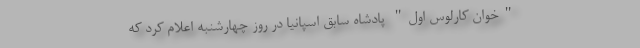
"خوان کارلوس اول" پادشاه سابق اسپانیا در روز چهارشنبه اعلام کرد که